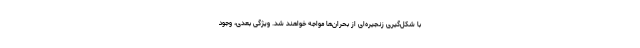
با شکل‌گیری زنجیره‌ای از بحران‌ها مواجه خواهند شد. ویژگی بعدی، وجود